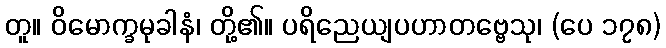
တူ။ ဝိမောက္ခမုခါနံ၊ တို့၏။ ပရိညေယျပဟာတဗ္ဗေသု၊ (ပေ ၁၇၈)